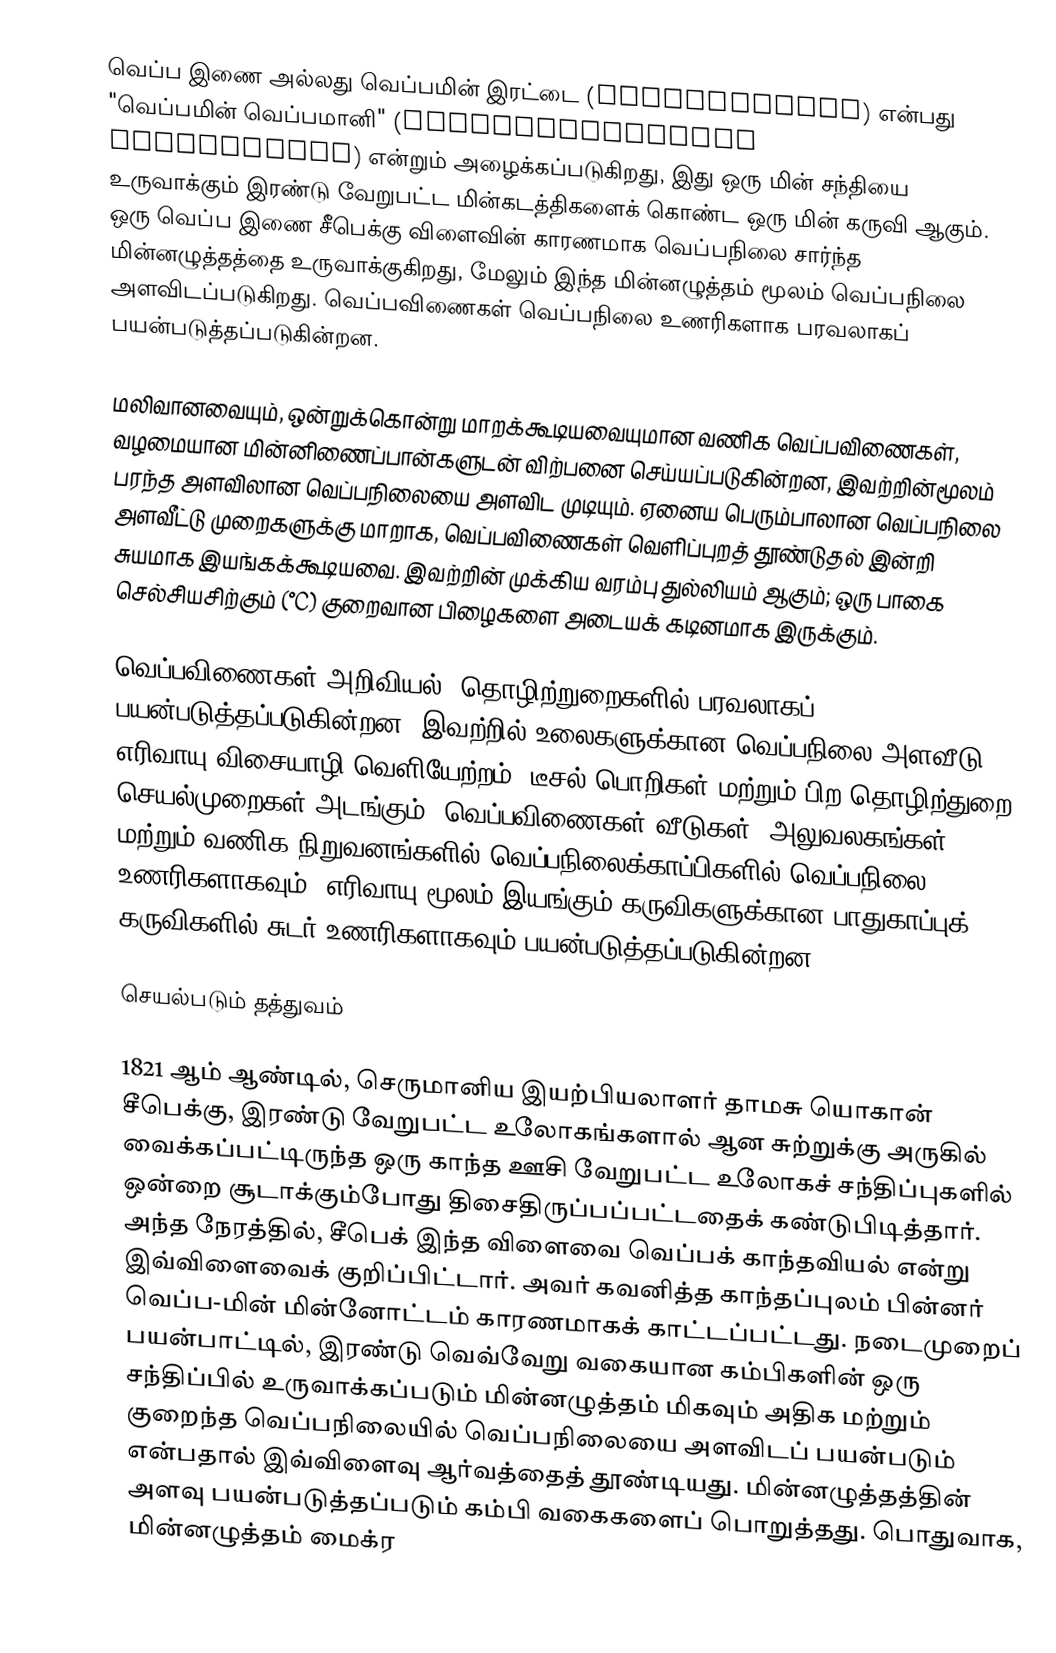
வெப்ப இணை அல்லது வெப்பமின் இரட்டை (thermocoulpe) என்பது "வெப்பமின் வெப்பமானி" (thermoelectrical thermometer) என்றும் அழைக்கப்படுகிறது, இது ஒரு மின் சந்தியை உருவாக்கும் இரண்டு வேறுபட்ட மின்கடத்திகளைக் கொண்ட ஒரு மின் கருவி ஆகும். ஒரு வெப்ப இணை சீபெக்கு விளைவின் காரணமாக வெப்பநிலை சார்ந்த மின்னழுத்தத்தை உருவாக்குகிறது, மேலும் இந்த மின்னழுத்தம் மூலம் வெப்பநிலை அளவிடப்படுகிறது. வெப்பவிணைகள் வெப்பநிலை உணரிகளாக பரவலாகப் பயன்படுத்தப்படுகின்றன.

மலிவானவையும், ஒன்றுக்கொன்று மாறக்கூடியவையுமான வணிக வெப்பவிணைகள், வழமையான மின்னிணைப்பான்களுடன் விற்பனை செய்யப்படுகின்றன, இவற்றின்மூலம் பரந்த அளவிலான வெப்பநிலையை அளவிட முடியும். ஏனைய பெரும்பாலான வெப்பநிலை அளவீட்டு முறைகளுக்கு மாறாக, வெப்பவிணைகள் வெளிப்புறத் தூண்டுதல் இன்றி சுயமாக இயங்கக்கூடியவை. இவற்றின் முக்கிய வரம்பு துல்லியம் ஆகும்; ஒரு பாகை செல்சியசிற்கும் (°C) குறைவான பிழைகளை அடையக் கடினமாக இருக்கும்.

வெப்பவிணைகள் அறிவியல், தொழிற்றுறைகளில் பரவலாகப் பயன்படுத்தப்படுகின்றன. இவற்றில் உலைகளுக்கான வெப்பநிலை அளவீடு, எரிவாயு விசையாழி வெளியேற்றம், டீசல் பொறிகள் மற்றும் பிற தொழிற்துறை செயல்முறைகள் அடங்கும். வெப்பவிணைகள் வீடுகள், அலுவலகங்கள் மற்றும் வணிக நிறுவனங்களில் வெப்பநிலைக்காப்பிகளில் வெப்பநிலை உணரிகளாகவும், எரிவாயு மூலம் இயங்கும் கருவிகளுக்கான பாதுகாப்புக் கருவிகளில் சுடர் உணரிகளாகவும் பயன்படுத்தப்படுகின்றன.

செயல்படும் தத்துவம்

1821 ஆம் ஆண்டில், செருமானிய இயற்பியலாளர் தாமசு யொகான் சீபெக்கு, இரண்டு வேறுபட்ட உலோகங்களால் ஆன சுற்றுக்கு அருகில் வைக்கப்பட்டிருந்த ஒரு காந்த ஊசி வேறுபட்ட உலோகச் சந்திப்புகளில் ஒன்றை சூடாக்கும்போது திசைதிருப்பப்பட்டதைக் கண்டுபிடித்தார். அந்த நேரத்தில், சீபெக் இந்த விளைவை வெப்பக் காந்தவியல் என்று இவ்விளைவைக் குறிப்பிட்டார். அவர் கவனித்த காந்தப்புலம் பின்னர் வெப்ப-மின் மின்னோட்டம் காரணமாகக் காட்டப்பட்டது. நடைமுறைப் பயன்பாட்டில், இரண்டு வெவ்வேறு வகையான கம்பிகளின் ஒரு சந்திப்பில் உருவாக்கப்படும் மின்னழுத்தம் மிகவும் அதிக மற்றும் குறைந்த வெப்பநிலையில் வெப்பநிலையை அளவிடப் பயன்படும் என்பதால் இவ்விளைவு ஆர்வத்தைத் தூண்டியது. மின்னழுத்தத்தின் அளவு பயன்படுத்தப்படும் கம்பி வகைகளைப் பொறுத்தது. பொதுவாக, மின்னழுத்தம் மைக்ர